Riigikantselei, lk 3
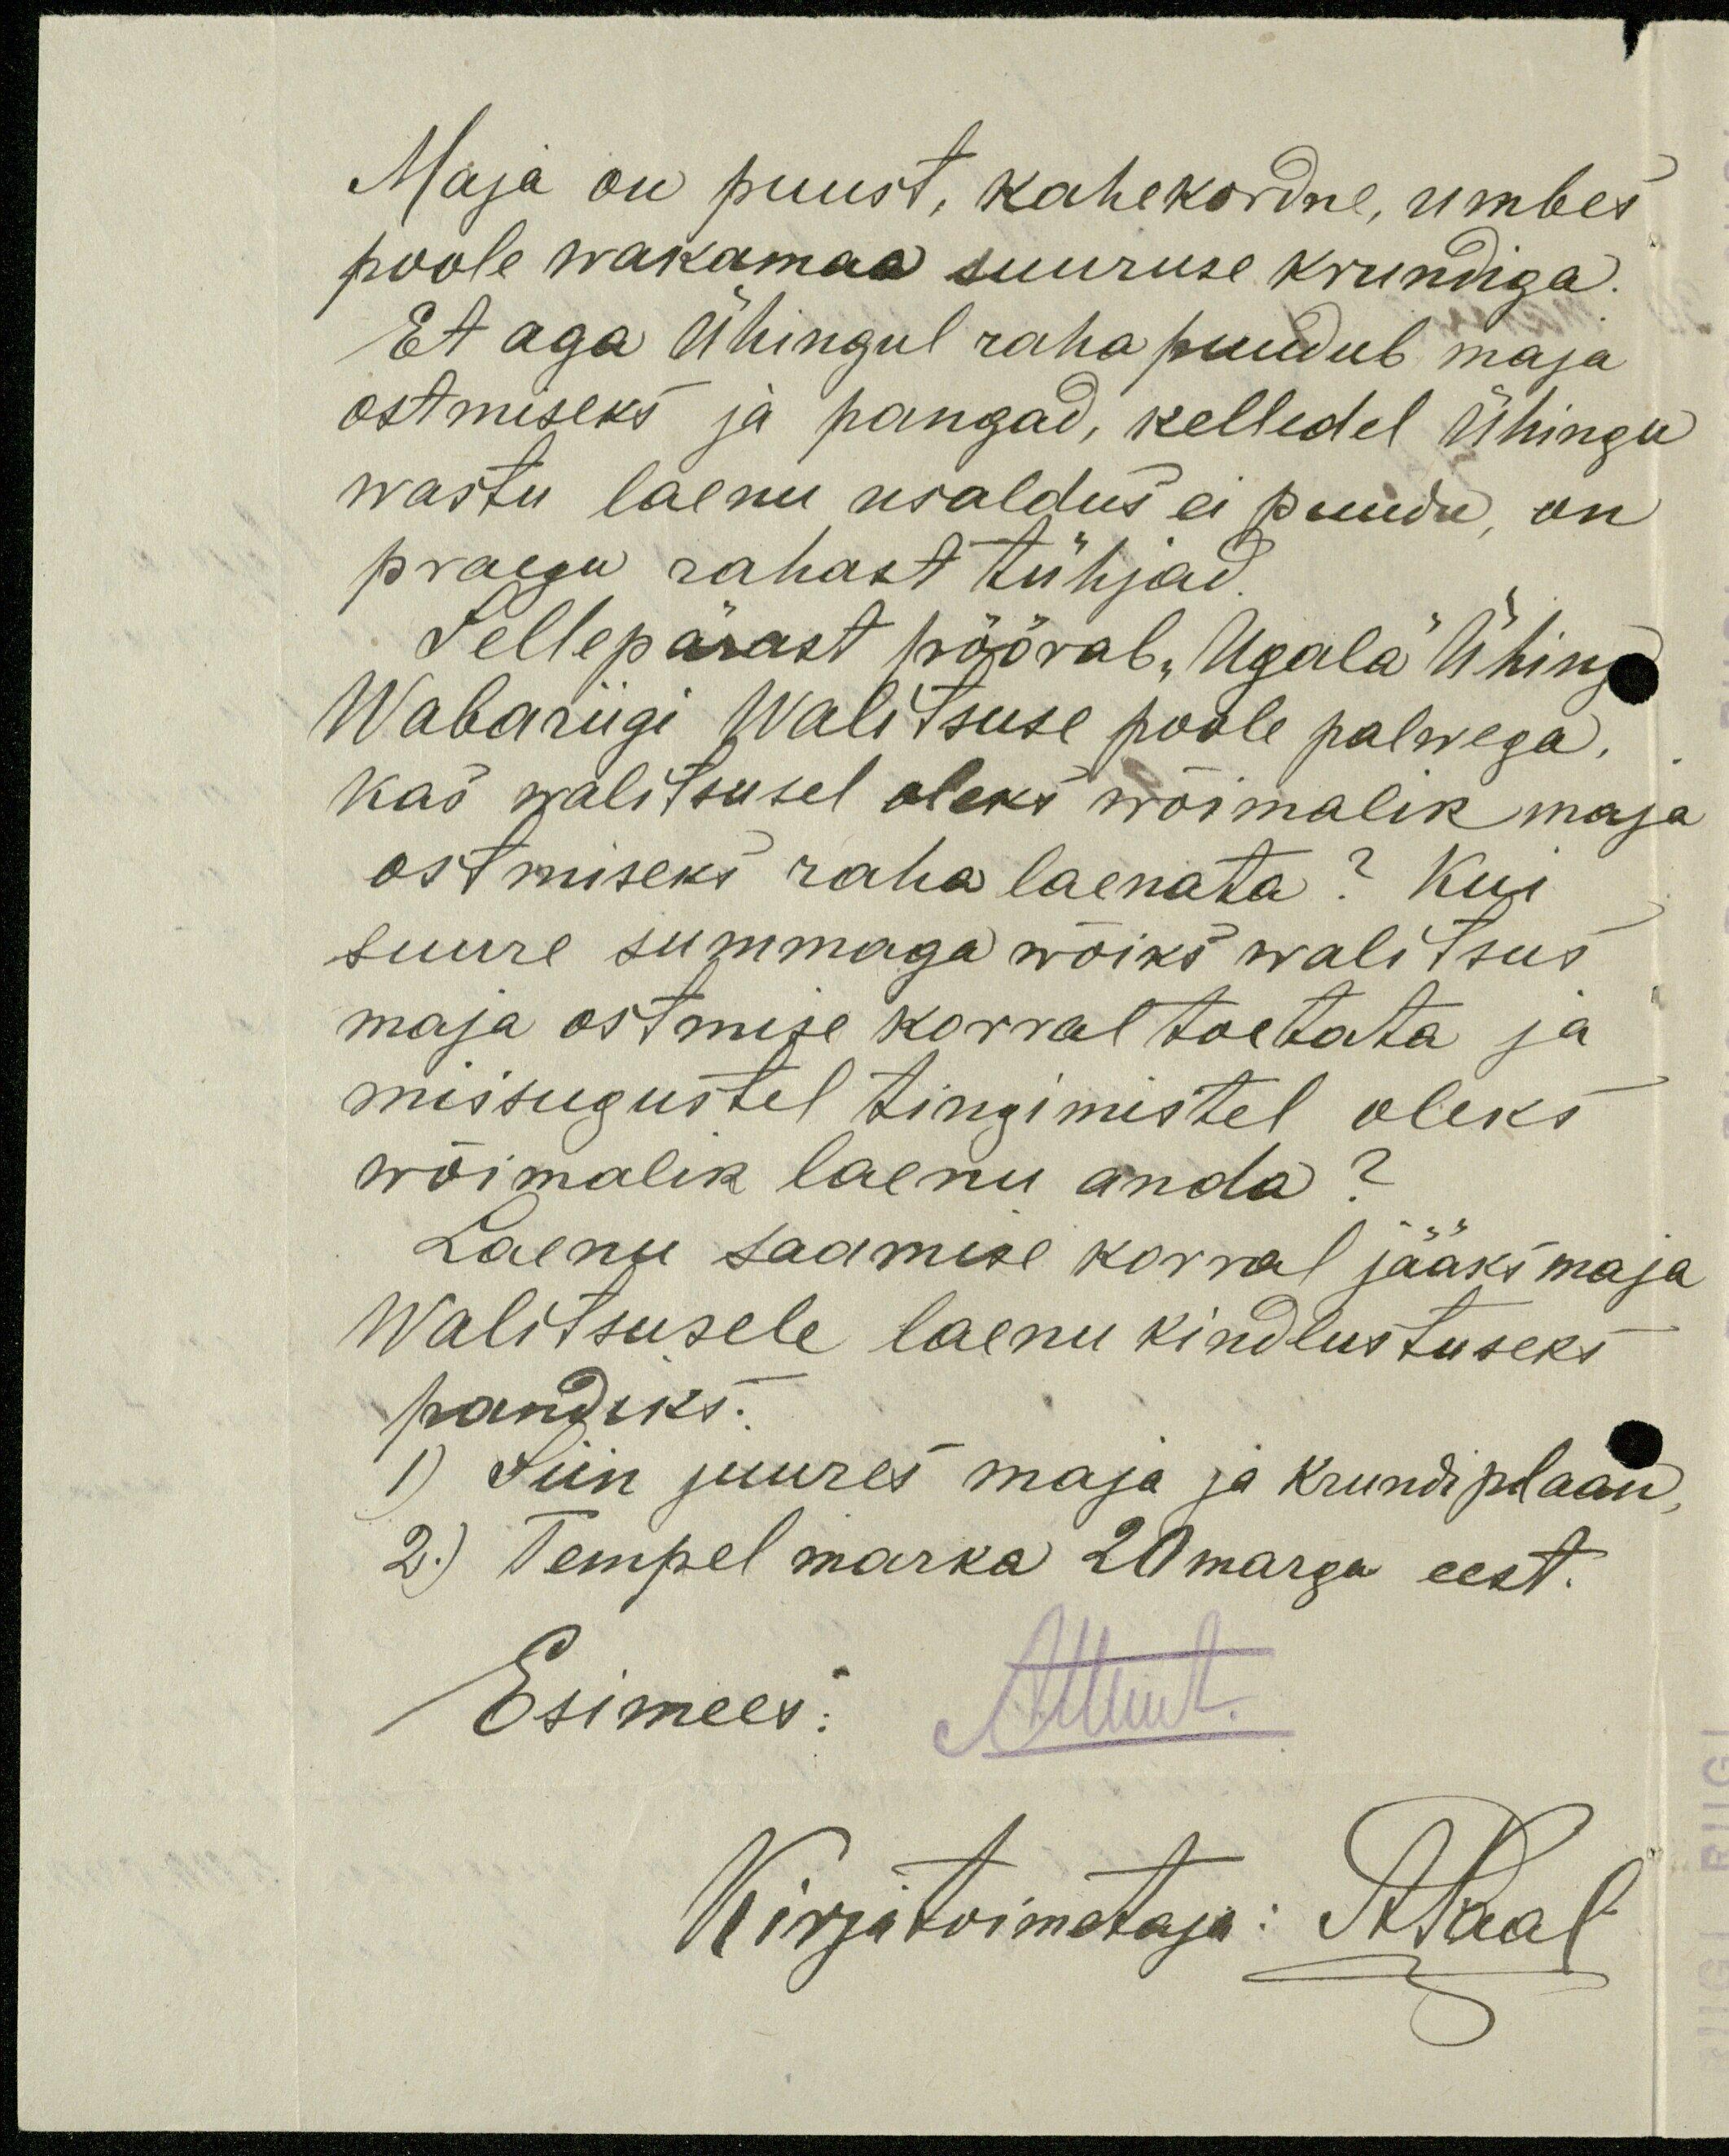
Maja on puust, kahekordne, umbes
poole wakamaa suuruse krundiga.
Et aga Ühingul raha puudub maja
ostmiseks ja pangad, kelledel ühingu
wastu laenu usaldus ei puudu, on
praegu rahast tühjad.
Sellepärast pöörab "Ugala" Ühing
Wabariigi Walitsuse poole palwega,
kas walitsusel oleks wõimalik maja
ostmiseks raha laenata? Kui
suure summaga wõiks walitsus
maja ostmise korral toetata ja
missugustel tingimistel oleks
wõimalik laenu anda?
Laenu saamise korral jääks maja
Walitsusele laenu kindlustuseks
pandiks.
1) Siin juures maja ja krundiplaan
2.) Tempel marka 20 marga eest.
Esimees:
Kirjatoimetaja: